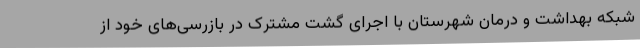
شبکه بهداشت و درمان شهرستان با اجرای گشت مشترک در بازرسی‌های خود از